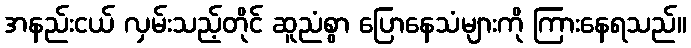
အနည်းငယ် လှမ်းသည့်တိုင် ဆူညံစွာ ပြောနေသံများကို ကြားနေရသည်။